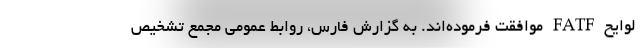
لوایح FATF موافقت فرموده‌اند. به گزارش فارس، روابط عمومی مجمع تشخیص